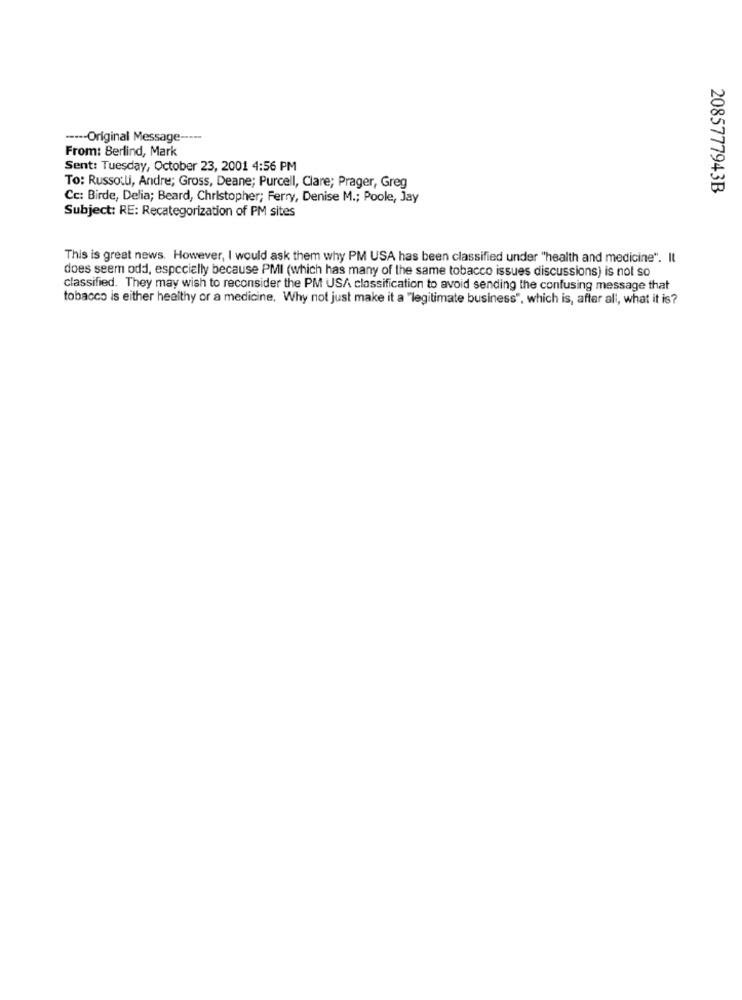
----- Original Message -----
From: Berlind, Mark
Sent: Tuesday, October 23, 2001 4:56 PM
To: Russotti, Andre; Gross, Deane; Purcell, Clare; Prager, Greg
2085777943B
Cc: Birde, Delia; Beard, Christopher; Ferry, Denise M .; Poole, Jay
Subject: RE: Recategorization of PM sites
This is great news. However, I would ask them why PM USA has been classified under "health and medicine". Il
does seem odd, especially because PMI (which has many of the same tobacco issues discussions) is not so
classified. They may wish to reconsider the PM USA classification to avoid sending the confusing message that
tobacco is either healthy or a medicine. Why not just make it a "legitimate business", which is, after all, what it is?